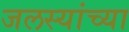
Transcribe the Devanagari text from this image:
जलस्यांच्या